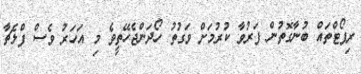
ރިޕޯޓްތައް ބުނާގޮތުން ފަރުވާ ކުރުމަށް ވަގުތު ހޯދަންޖެހޭތީވެ މި އަހަރު ވެސް ފްލެޗާ